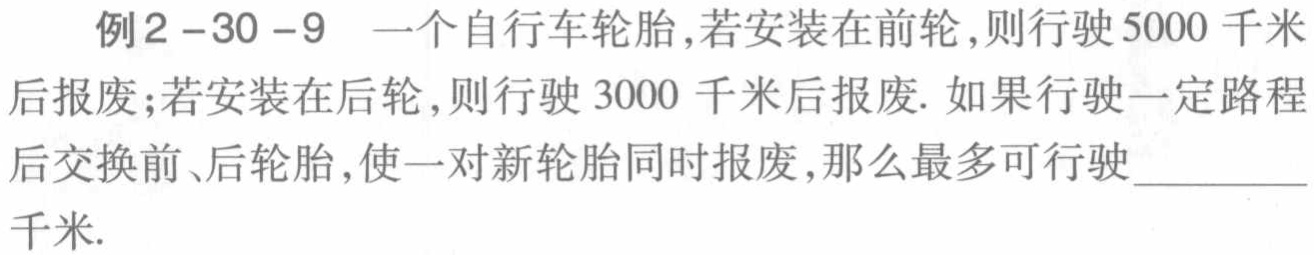
例2 -30 -9 一个自行车轮胎,若安装在前轮,则行驶5000千米后报废;若安装在后轮,则行驶3000千米后报废. 如果行驶一定路程后交换前、后轮胎,使一对新轮胎同时报废,那么最多可行驶_________千米.